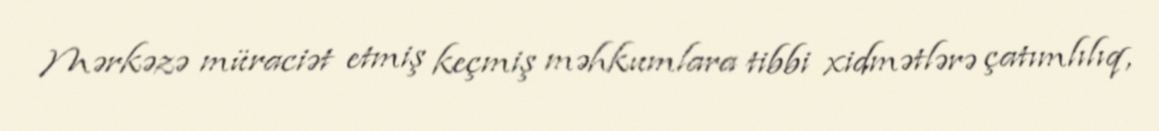
Mərkəzə müraciət etmiş keçmiş məhkumlara tibbi xidmətlərə çatımlılıq,